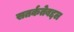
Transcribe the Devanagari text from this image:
सतर्कतेबद्दल